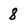
Character: 8